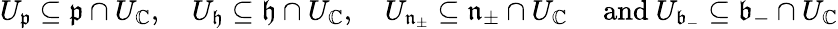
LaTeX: U_{\mathfrak{p}}\subseteq\mathfrak{p}\cap U_{\mathbb{C}},\quad U_{\mathfrak{h}}\subseteq\mathfrak{h}\cap U_{\mathbb{C}},\quad U_{\mathfrak{n}_{\pm}}\subseteq\mathfrak{n}_{\pm}\cap U_{\mathbb{C}}\quad\mathrm{~and~}U_{\mathfrak{b}_{-}}\subseteq{\mathfrak{b}_{-}}\cap U_{\mathbb{C}}